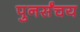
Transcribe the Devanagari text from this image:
पुनर्संचय